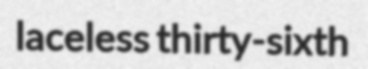
laceless thirty-sixth